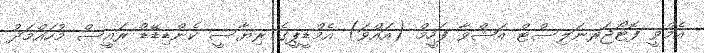
އެމްވީ ފޮޓޯޖަރނަލިސްޓް އަޝްވާ ފަހީމް (އައްވަ) އެމްޑީޕީގެ ރިޔާސީ ކެންޑިޑޭޑް ރައީސް މުހައްމަދު